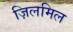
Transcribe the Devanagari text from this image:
ज़िलमिल